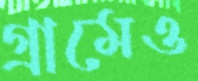
গ্রামেও